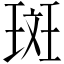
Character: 斑